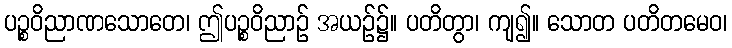
ပဉ္စဝိညာဏသောတေ၊ ဤပဉ္စဝိညာဉ် အယဉ်၌။ ပတိတွာ၊ ကျ၍။ သောတ ပတိတမေဝ၊